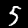
Digit: 5